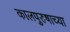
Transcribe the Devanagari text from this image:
कालपुरुषाच्या